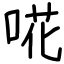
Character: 𠵅